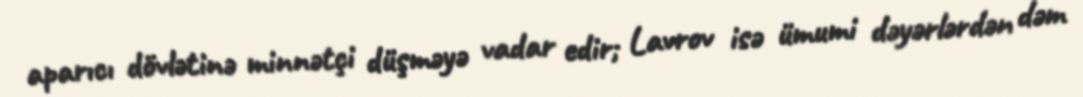
aparıcı dövlətinə minnətçi düşməyə vadar edir; Lavrov isə ümumi dəyərlərdən dəm